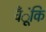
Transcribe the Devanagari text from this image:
चँूंकि